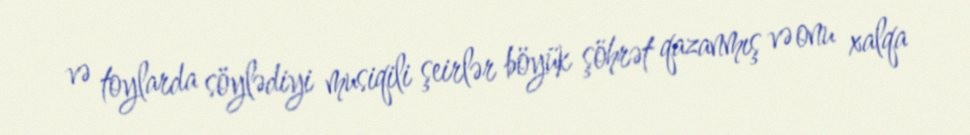
və toylarda söylədiyi musiqili şeirlər böyük şöhrət qazanmış və onu xalqa